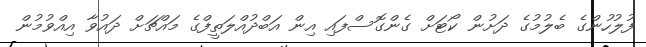
ފުލުހުންގެ ބެލުމުގެ ދަށުން ކޯޓަށް ގެންގޮސްފައި އިން އަބްދުއްލަތީފްގެ މައްޗަށް ދައުވާ އިއްވުމުން